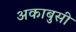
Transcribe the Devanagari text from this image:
अकाबुसी